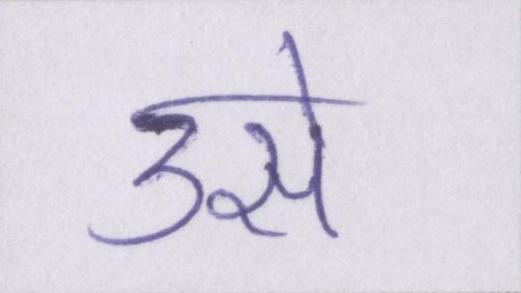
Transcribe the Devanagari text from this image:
उसे